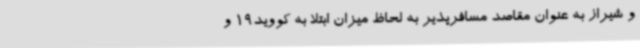
و شیراز به عنوان مقاصد مسافرپذیر به لحاظ میزان ابتلا به کووید19 و